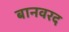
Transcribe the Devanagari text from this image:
बानवरद